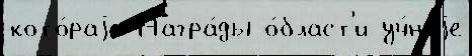
кото́раjа Награ́ды о́бласт'и уч́ноjе